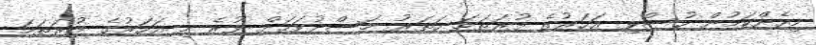
މިހެންކަމުން ހުސްވި އަހަރުގެ ފުރަތަމަ ހަތަރު މަސްދުވަހަށް ވުރެ މި އަހަރުގެ ފުރަތަމަ